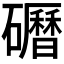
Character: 𱵃